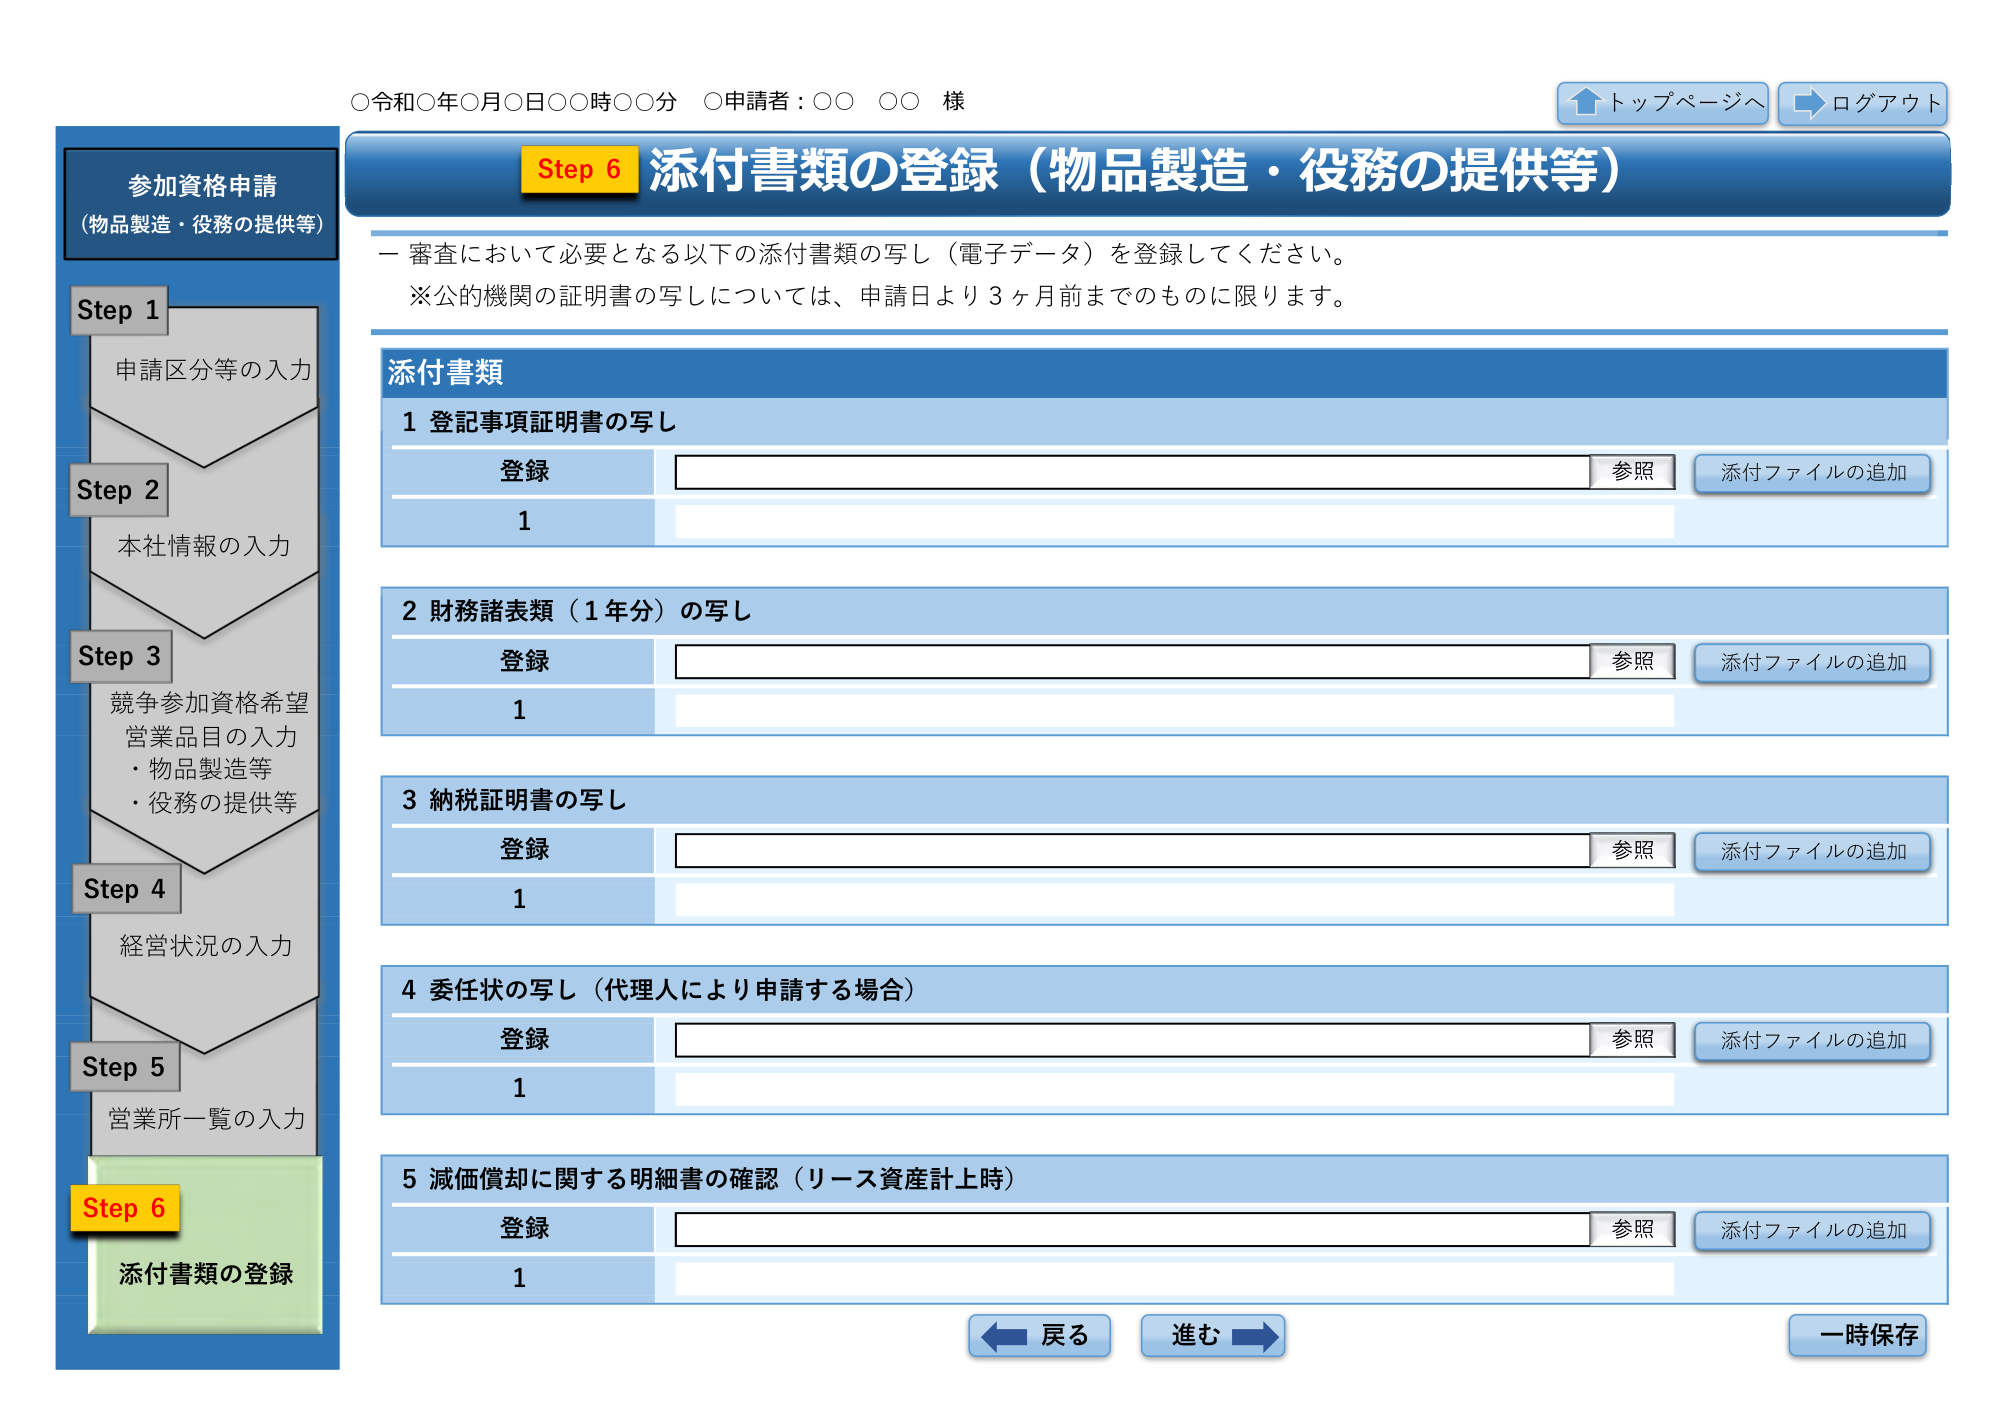
○令和○年○月○日○○時○○分 ○申請者：○○ ○○ 様

トップページへ
ログアウト

参加資格申請
（物品製造・役務の提供等）

Step 1
申請区分等の入力

Step 2
本社情報の入力

Step 3
競争参加資格希望
営業品目の入力
・物品製造等
・役務の提供等

Step 4
経営状況の入力

Step 5
営業所一覧の入力

Step 6
添付書類の登録

Step 6 添付書類の登録（物品製造・役務の提供等）

一 審査において必要となる以下の添付書類の写し（電子データ）を登録してください。
※公的機関の証明書の写しについては、申請日より3ヶ月前までのものに限ります。

添付書類

1 登記事項証明書の写し
登録
参照
添付ファイルの追加
1

2 財務諸表類（1年分）の写し
登録
参照
添付ファイルの追加
1

3 納税証明書の写し
登録
参照
添付ファイルの追加
1

4 委任状の写し（代理人により申請する場合）
登録
参照
添付ファイルの追加
1

5 減価償却に関する明細書の確認（リース資産計上時）
登録
参照
添付ファイルの追加
1

戻る
進む
一時保存